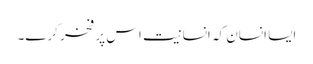
ایسا انسان کہ انسانیت اس پر فخر کرے۔